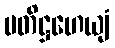
ပတိဋ္ဌဟေယျံ